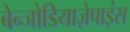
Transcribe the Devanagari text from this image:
बेन्जोडियाज़ेपाइंस